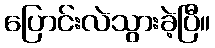
ပြောင်းလဲသွားခဲ့ပြီ။